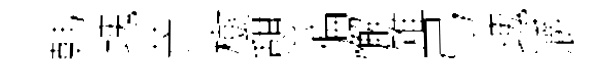
韩塊芒樹憇徧懈雉弓瑰灂